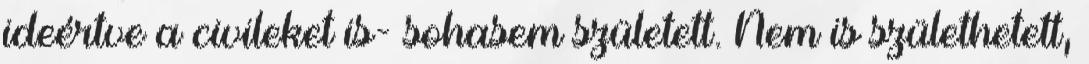
ideértve a civileket is- sohasem született. Nem is születhetett,